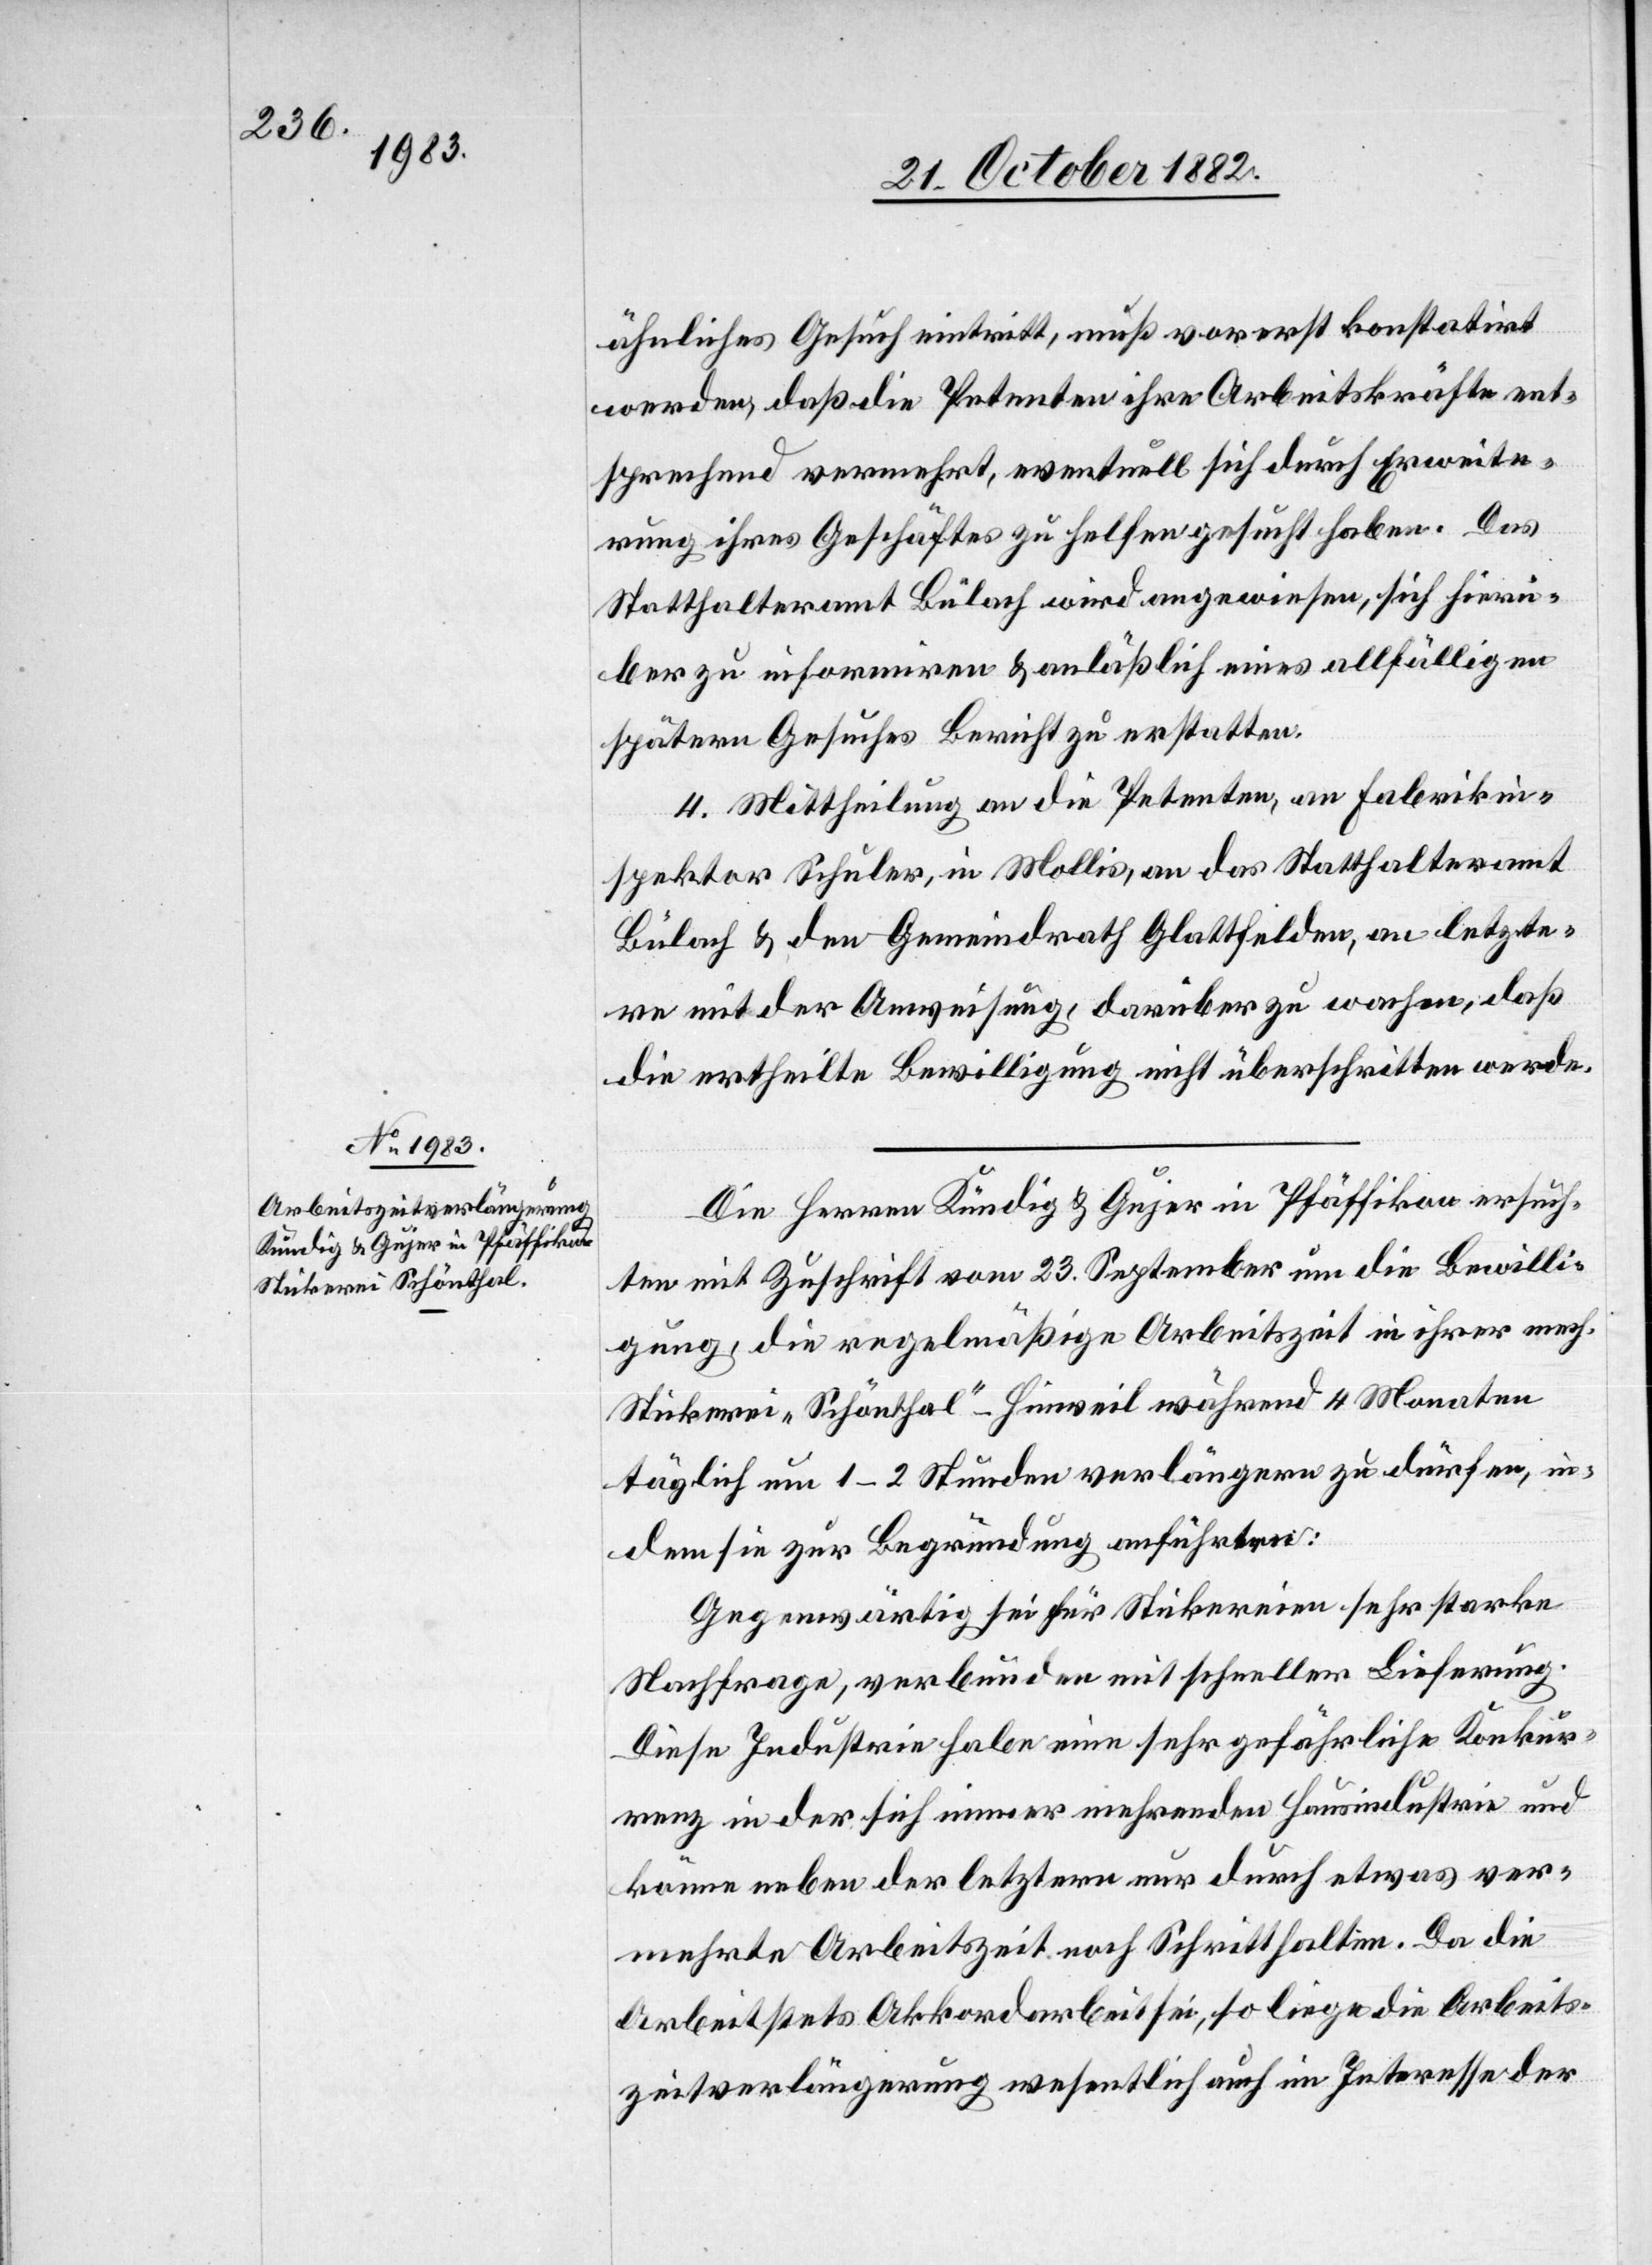
ähnliches Gesuch eintritt, muß vorerst konstatirt
werden, daß die Petenten ihre Arbeitskräfte ent¬
sprechend vermehrt, eventuell sich durch Erweite¬
rung ihres Geschäftes zu helfen gesucht haben. Das
Statthalteramt Bülach wird angewiesen, sich hierü¬
ber zu informiren & anläßlich eines allfälligen
spätern Gesuches Bericht zu erstatten.
4. Mittheilung an die Petenten, an Fabrikin¬
spektor Schuler, in Mollis, an das Statthalteramt
Bülach & den Gemeindrath Glattfelden, an letzte¬
re mit der Anweisung, darüber zu wachen, daß
die ertheilte Bewilligung nicht überschritten werde.
Den Herren Kündig & Gujer in Pfäffikon ersuch¬
ten mit Zuschrift vom 23. September um die Bewilli¬
gung, die regelmäßige Arbeitszeit in ihrer mech.
Stickerei „Schönthal“ - Hinweil während 4 Monaten
täglich um 1–2 Stunden verlängern zu dürfen, in¬
dem sie zur Begründung anführten:
Gegenwärtig sei für Stickereien sehr starke
Nachfrage, verbunden mit schneller Lieferung.
Diese Industrie habe eine sehr gefährliche Konkur¬
renz in der sich immer mehrenden Hausindustrie und
könne neben der letztern nur durch etwas ver¬
mehrte Arbeitszeit noch Schritt halten. Da die
Arbeit stets Akkordarbeit sei, so liege die Arbeits¬
zeitverlängerung wesentlich auch im Interesse der